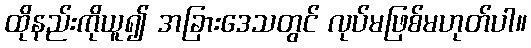
ထိုနည်းကိုယူ၍ အခြားဒေသတွင် လုပ်မဖြစ်မဟုတ်ပါ။